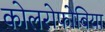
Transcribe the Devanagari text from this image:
कोलरोफोबिया